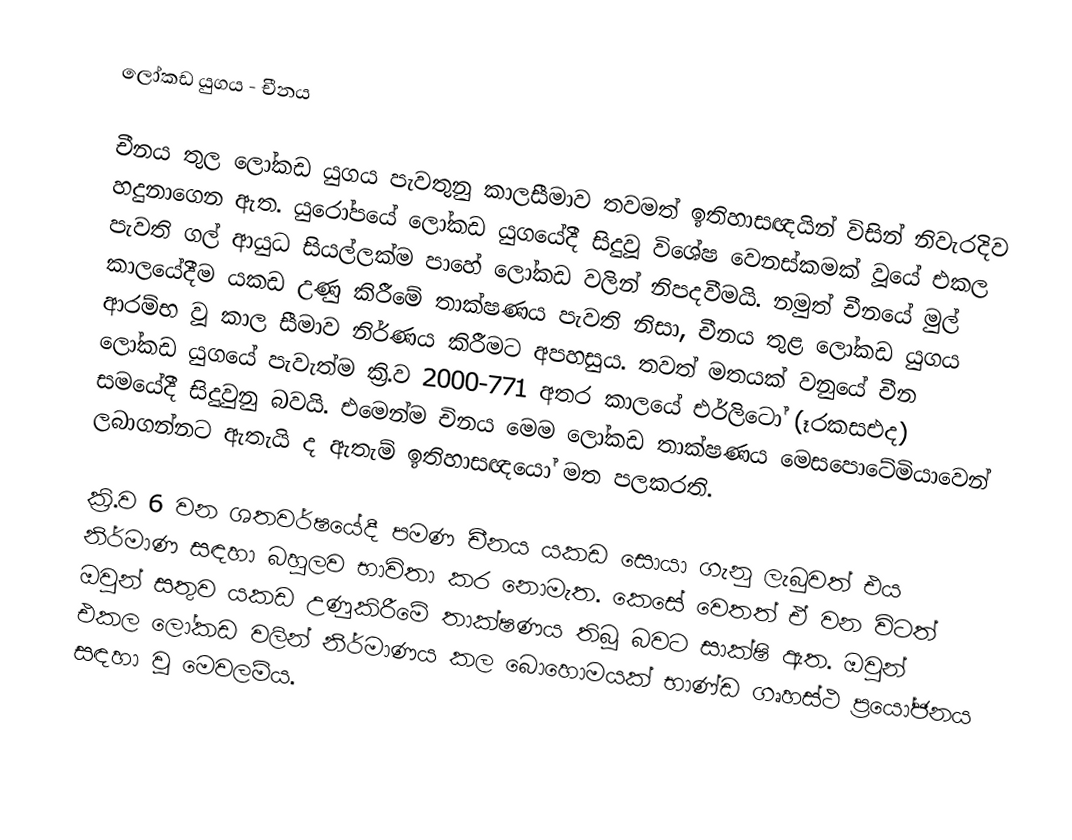
ලෝකඩ යුගය - චීනය

චීනය තුල ලෝකඩ යුගය පැවතුනු කාලසීමාව තවමත් ඉතිහාසඥයින් විසින් නිවැරදිව හදුනාගෙන ඇත. යුරෝපයේ ලෝකඩ යුගයේදී සිදුවූ විශේෂ වෙනස්කමක් වූයේ එකල පැවති ගල් ආයුධ සියල්ලක්ම පාහේ ලෝකඩ වලින් නිපදවීමයි. නමුත් චීනයේ මුල් කාලයේදීම යකඩ උණු කිරීමේ තාක්ෂණය පැවති නිසා, චීනය තුළ ලෝකඩ යුගය ආරම්භ වූ කාල සීමාව නිර්ණය කිරීමට අපහසුය.  තවත් මතයක් වනුයේ චීන ලෝකඩ යුගයේ පැවැත්ම ක්‍රි.ව 2000-771 අතර කාලයේ එර්ලිටෝ (ෑරකසඑද) සමයේදී සිදුවුනු බවයි.  එමෙන්ම චිනය මෙම ලෝකඩ තාක්ෂණය මෙසපොටේමියාවෙන් ලබාගන්නට ඇතැයි ද ඇතැම් ඉතිහාසඥයෝ මත පලකරති.

ක්‍රි.ව 6 වන ශතවර්ෂයේදී පමණ චීනය යකඩ සොයා ගැනු ලැබුවත් එය නිර්මාණ සඳහා බහුලව භාවිතා කර නොමැත. කෙසේ වෙතත් ඒ වන විටත් ඔවුන් සතුව යකඩ උණුකිරීමේ තාක්ෂණය තිබූ බවට සාක්ෂි ඇත. ඔවුන් එකල ලෝකඩ වලින් නිර්මාණය කල බොහොමයක් භාණ්ඩ ගෘහස්ථ ප්‍රයෝජනය සඳහා වූ මෙවලම්ය.